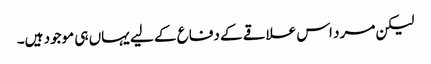
لیکن مرد اس علاقے کے دفاع کے لیے یہاں ہی موجود ہیں۔